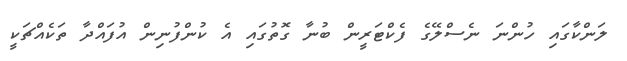
ލަންކާގައި ހުންނަ ނެސްލޭގެ ފެކްޓަރީން ބުނާ ގޮތުގައި އެ ކުންފުނިން އުފައްދާ ތަކެއްޗަކީ